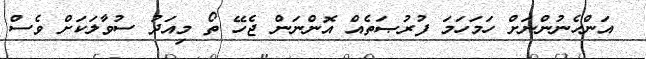
އަންހެނުންނަށް ހަމަހަމަ ފުރުޞަތެއް އޮންނަން ޖެހޭ ތޯ މިއަދު ސުވާލަކަށް ވެސް